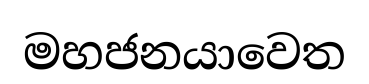
මහජනයාවෙත